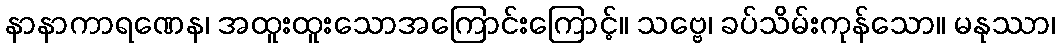
နာနာကာရဏေန၊ အထူးထူးသောအကြောင်းကြောင့်။ သဗ္ဗေ၊ ခပ်သိမ်းကုန်သော။ မနုဿာ၊